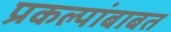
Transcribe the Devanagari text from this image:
प्रकल्पांबाबत